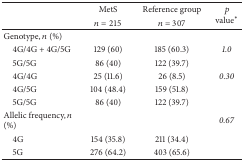
<table><thead><tr><td rowspan="2"><b> </b></td><td><b>MetS </b></td><td><b>Reference group</b></td><td rowspan="2"><b> <i>p</i>value<sup><i>∗</i></sup></b></td></tr><tr><td><b><i>n</i> = 215</b></td><td><b><i>n</i> = 307</b></td></tr></thead><tbody><tr><td>Genotype, <i>n</i> (%)</td><td> </td><td> </td><td> </td></tr><tr><td> 4G/4G + 4G/5G</td><td>129 (60)</td><td>185 (60.3)</td><td><i>1.0</i></td></tr><tr><td> 5G/5G</td><td>86 (40)</td><td>122 (39.7)</td><td> </td></tr><tr><td> 4G/4G</td><td>25 (11.6)</td><td>26 (8.5)</td><td><i>0.30</i></td></tr><tr><td> 4G/5G</td><td>104 (48.4)</td><td>159 (51.8)</td><td> </td></tr><tr><td> 5G/5G</td><td>86 (40)</td><td>122 (39.7)</td><td> </td></tr><tr><td>Allelic frequency, <i>n</i> (%)</td><td> </td><td> </td><td><i>0.67</i></td></tr><tr><td> 4G</td><td>154 (35.8)</td><td>211 (34.4)</td><td> </td></tr><tr><td> 5G</td><td>276 (64.2)</td><td>403 (65.6)</td><td> </td></tr></tbody></table>